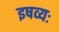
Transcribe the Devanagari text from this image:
इषव्यः